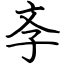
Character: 斈